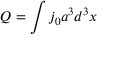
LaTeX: Q = \int j _ { 0 } a ^ { 3 } d ^ { 3 } x